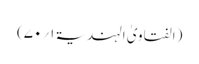
(الفتاویٰ الہندیۃ ۱؍۷۰)